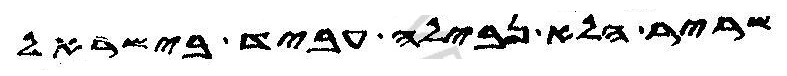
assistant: שריר הלא נבילה עביד בישראל